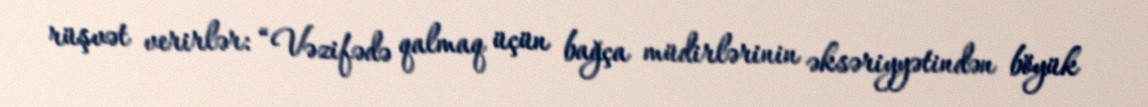
rüşvət verirlər: “Vəzifədə qalmaq üçün bağça müdirlərinin əksəriyyətindən böyük